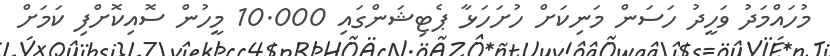
މުހައްމަދު ވަހީދު ހަސަން މަނިކަށް ހުށަހަޅާ ޕެޓިޝަންގައި 10.000 މީހުން ސޮއިކޮށްފި ކަމަށް